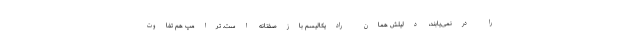
را درنمی‌یابند، دلیلش همان رادیکالیسم بازصفتانه است. ترامپ هم تفاوت